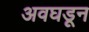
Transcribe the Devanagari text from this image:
अवघडून